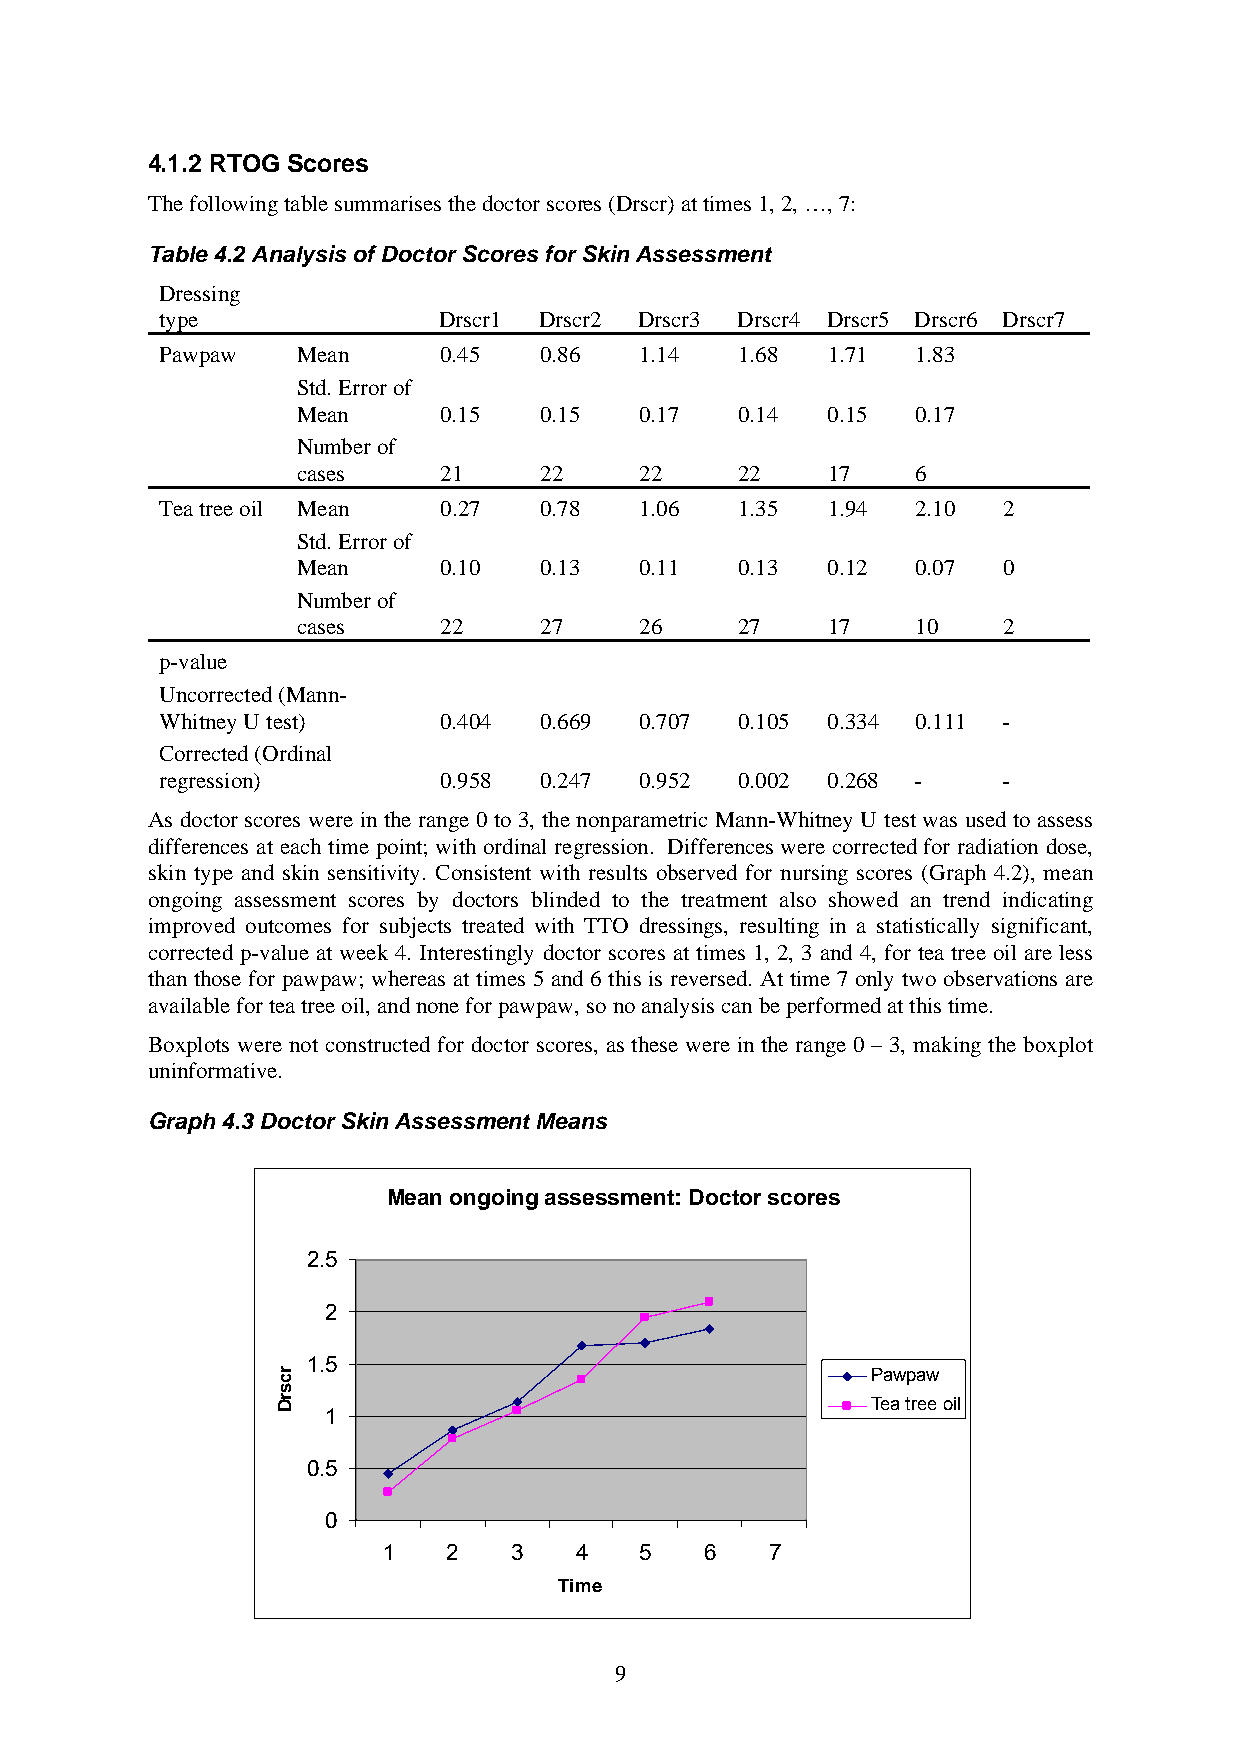
4.1.2 RTOG Scores
 The following table summarises the doctor scores (Drscr) at times 1, 2, …, 7:
 Table 4.2 Analysis of Doctor Scores for Skin Assessment
 Dressing
 type              Drscr1 Drscr2 Drscr3 Drscr4 Drscr5 Drscr6 Drscr7
 Pawpaw   Mean     0.45   0.86  1.14   1.68  1.71  1.83
 Std. Error of
 Mean     0.15   0.15  0.17   0.14  0.15  0.17
 Number of
 cases    21     22    22     22    17    6
 Tea tree oil Mean 0.27   0.78  1.06   1.35  1.94  2.10 2
 Std. Error of
 Mean     0.10   0.13  0.11   0.13  0.12  0.07 0
 Number of
 cases    22     27    26     27    17    10   2
 p-value
 Uncorrected (Mann-
 Whitney U test)   0.404  0.669 0.707  0.105 0.334 0.111 -
 Corrected (Ordinal
 regression)       0.958  0.247 0.952  0.002 0.268 -    -
 As doctor scores were in the range 0 to 3, the nonparametric Mann-Whitney U test was used to assess
 differences at each time point; with ordinal regression. Differences were corrected for radiation dose,
 skin type and skin sensitivity. Consistent with results observed for nursing scores (Graph 4.2), mean
 ongoing assessment scores by doctors blinded to the treatment also showed an trend indicating
 improved outcomes for subjects treated with TTO dressings, resulting in a statistically significant,
 corrected p-value at week 4. Interestingly doctor scores at times 1, 2, 3 and 4, for tea tree oil are less
 than those for pawpaw; whereas at times 5 and 6 this is reversed. At time 7 only two observations are
 available for tea tree oil, and none for pawpaw, so no analysis can be performed at this time.
 Boxplots were not constructed for doctor scores, as these were in the range 0 – 3, making the boxplot
 uninformative.
 Graph 4.3 Doctor Skin Assessment Means
 Mean ongoing assessment: Doctor scores
 2.5
 2
 1.5
 Pawpaw
 Tea tree oil
 1
 0.5
 0
 1    2   3   4   5    6   7
 Time
 9
 rcsrD